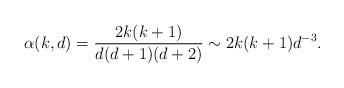
LaTeX: \begin{align*}\alpha(k,d)= \frac{ 2 k(k+1) }{ d(d+1)(d+2) } \sim 2 k(k+1) d^{-3}. \end{align*}